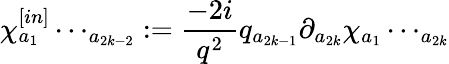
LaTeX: \chi_{a{_1}}^{[in]}\cdots_{a{_{2k-2}}}:=\frac{-2i}{q^{2}}q_{a{_{2k-1}}}\partial_{a{_{2k}}}\chi_{a{_1}}\cdots_{a{_{2k}}}